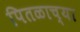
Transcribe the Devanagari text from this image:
पितळाच्या